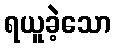
ရယူခဲ့သော